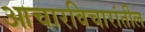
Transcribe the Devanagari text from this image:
आचारविचारांतील